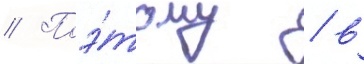
// Поэ́тому / в